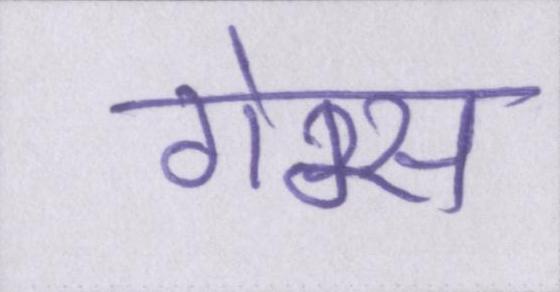
गेम्स